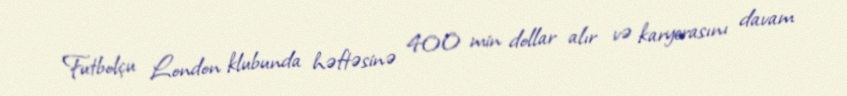
Futbolçu London klubunda həftəsinə 400 min dollar alır və karyerasını davam